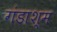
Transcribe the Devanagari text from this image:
गंडाश्म